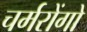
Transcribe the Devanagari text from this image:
चर्मरोंगो